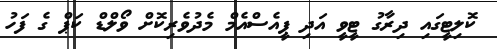
ކޮލިޓީގައި ދިރާގު ޓީވީ އަދި ޕީއެސްއެމް މެދުވެރިކޮށް ވޯލްޑް ކަޕް ގެ ފަހު